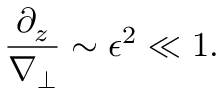
\frac { \partial _ { z } } { \nabla _ { \perp } } \sim \epsilon ^ { 2 } \ll 1 .